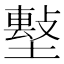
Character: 𡑼